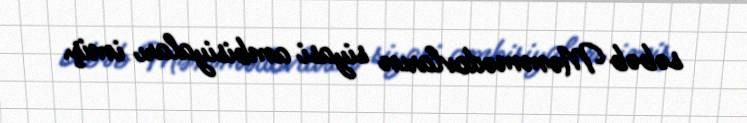
səbəb Məmmədovların siyasi ambisiyaları imiş.